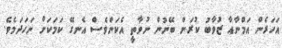
އަހަރެން އަމްނާއާ ޒުވާބު ކުރަން ބޭނުން ނުވާތީ އެކަންވެސް އެނގޭ ކަމަކަށް ނަހަދަމެވެ.